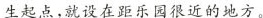
生起点，就设在距乐园很近的地方。